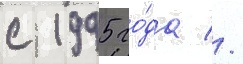
с 1995 го́да //